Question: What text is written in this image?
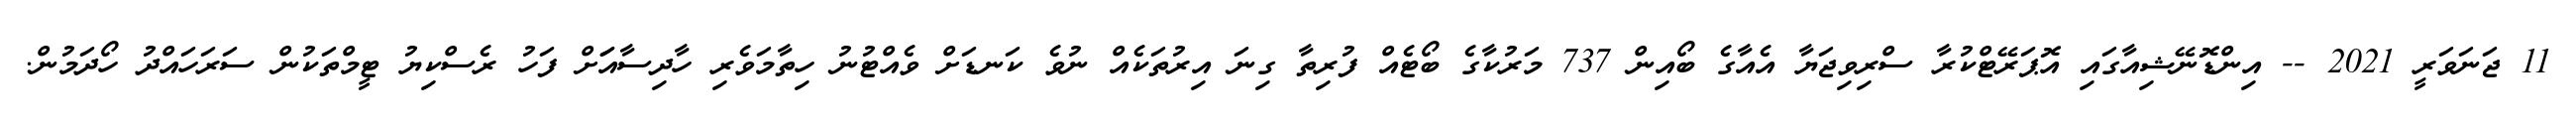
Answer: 11 ޖަނަވަރީ 2021 -- އިންޑޮނޭޝިއާގައި އޮޕަރޭޓްކުރާ ސްރިވިޖަޔާ އެއާގެ ބޯއިން 737 މަރުކާގެ ބޯޓެއް ފުރިތާ ގިނަ އިރުތަކެއް ނުވެ ކަނޑަށް ވެއްޓުނު ހިތާމަވެރި ހާދިސާއަަށް ފަހު ރެސްކިޔު ޓީމްތަކުން ސަރަހައްދު ހޯދަމުން.